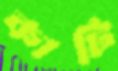
কাটি